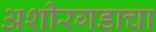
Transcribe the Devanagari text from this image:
अशीरगडाचा